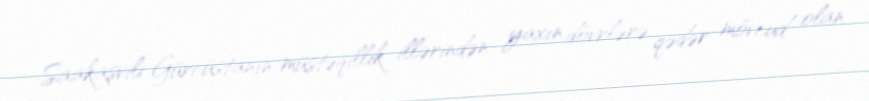
Saakaşvili Gürcüstanın müstəqillik illərindən yaxın dövrlərə qədər mövcud olan